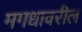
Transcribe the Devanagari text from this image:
मगधावरील